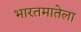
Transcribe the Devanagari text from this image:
भारतमातेला